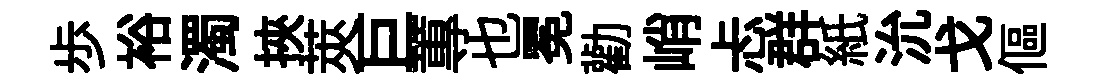
歩裕濁挾莢巨蓴也冕勸峭忐群紙沇戈傴